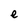
Character: e